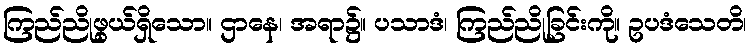
ကြည်ညိုဖွယ်ရှိသော။ ဌာနေ၊ အရာ၌။ ပသာဒံ၊ ကြည်ညိုခြင်းကို။ ဥပဒံသေတိ၊